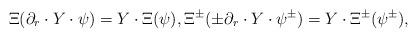
LaTeX: \begin{align*} \Xi(\partial_r\cdot Y\cdot\psi)=Y\cdot\Xi(\psi), \Xi^\pm(\pm\partial_r\cdot Y\cdot\psi^\pm)=Y\cdot\Xi^\pm(\psi^\pm), \end{align*}